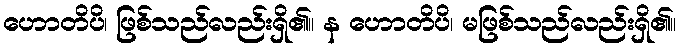
ဟောတိပိ၊ ဖြစ်သည်လည်းရှိ၏။ န ဟောတိပိ၊ မဖြစ်သည်လည်းရှိ၏။